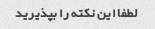
لطفا این نکته را بپذیرید